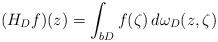
LaTeX: \begin{align*} (H_Df)(z) = \int_{bD} f(\zeta) \,d\omega_D(z, \zeta)\end{align*}